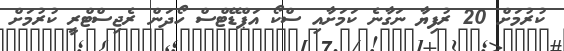
ކުރުމަށް 20 ރުފިޔާ ނަގާނެ ކަމަށާއި ސްކޯ އަޕްޑޭޓްސް ހޯދަން ރެޖިސްޓްރީ ކުރުމަށް